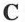
C